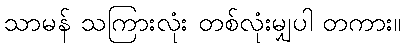
သာမန် သကြားလုံး တစ်လုံးမျှပါ တကား။